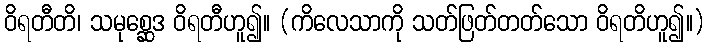
ဝိရတီတိ၊ သမုစ္ဆေဒ ဝိရတီဟူ၍။ (ကိလေသာကို သတ်ဖြတ်တတ်သော ဝိရတိဟူ၍။)